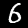
Label: 6